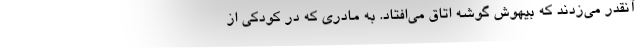
آنقدر می‌زدند که بیهوش گوشه اتاق می‌افتاد. به مادری که در کودکی از